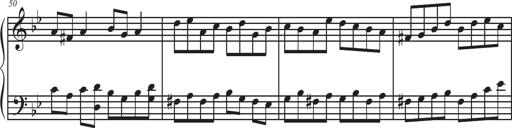
Title: Sonatina Espania
Composer: Jerald Franklin Archer
Key: Various